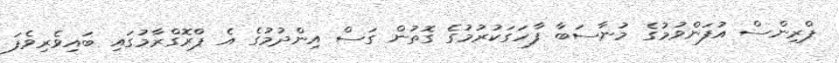
ޕްރިންސް އުފަންވުމުގެ މުނާސަބާ ފާހަގަކުރުމުގެ ގޮތުން ގަސް އިންދުމުގެ އެ ޕްރޮގްރާމުގައި ބައިވެރިވެފަ